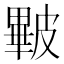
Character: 𥀕